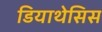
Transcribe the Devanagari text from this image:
डियाथेसिस